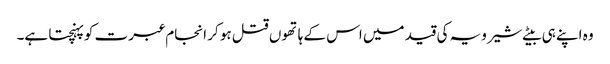
وہ اپنے ہی بیٹے شیرویہ کی قید میں اس کے ہاتھوں قتل ہو کر انجام عبرت کو پہنچتا ہے۔